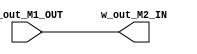
`timescale 1ns / 1ps
//////////////////////////////////////////////////////////////////////////////////
// Company: 
// Engineer: 
// 
// Design Name: 
// Module Name: MULT_PASS
// Project Name: 
// Target Devices: 
// Tool Versions: 
// Description: 
// 
// Dependencies: 
// 
// Revision:
// Revision 0.01 - File Created
// Additional Comments:
// 
//////////////////////////////////////////////////////////////////////////////////


module MULT_PASS(
    input [31:0] w_out_M1_OUT, 
    output [31:0] w_out_M2_IN
    );
    
    assign w_out_M2_IN = w_out_M1_OUT;
endmodule